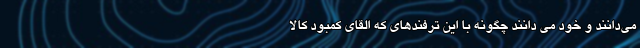
می‌دانند و خود می دانند چگونه با این ترفندهای که القای کمبود کالا